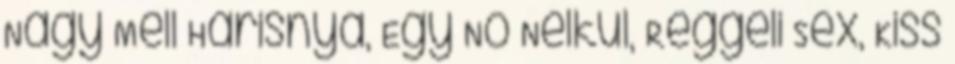
Nagy Mell Harisnya, Egy Nö Nélkül, Reggeli Sex, Kiss